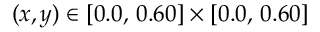
( x , y ) \in [ 0 . 0 , \, 0 . 6 0 ] \times [ 0 . 0 , \, 0 . 6 0 ]